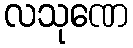
လသုဏေ